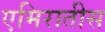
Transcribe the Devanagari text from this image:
एमिरातीस